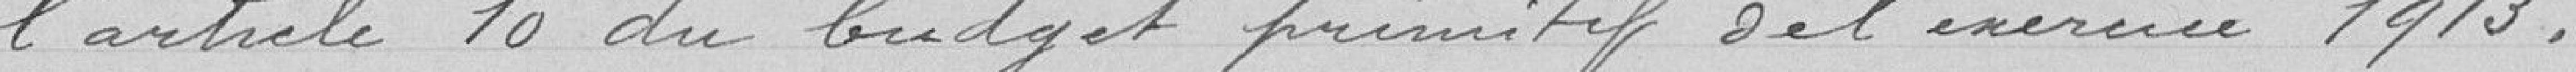
l'article 10 du budget primitif de l'exercice 1913.